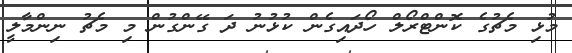
މުޅި މެޗުގެ ކޮންޓްރޯލް ހޯދައިގެން ކުޅުނު ދަ ގޭންގުން މި މެޗު ނިންމާލީ